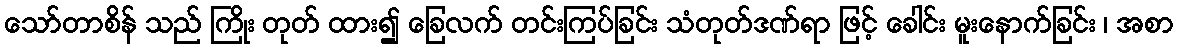
သော်တာစိန် သည် ကြိုး တုတ် ထား၍ ခြေလက် တင်းကြပ်ခြင်း သံတုတ်ဒဏ်ရာ ဖြင့် ခေါင်း မူးနောက်ခြင်း ၊ အစာ